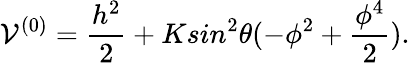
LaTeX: {\cal V}^{(0)}=\frac{h^{2}}{2}+Ksin^{2}\theta(-\phi^{2}+\frac{\phi^{4}}{2}).